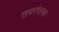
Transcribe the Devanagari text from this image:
खबरोवस्क